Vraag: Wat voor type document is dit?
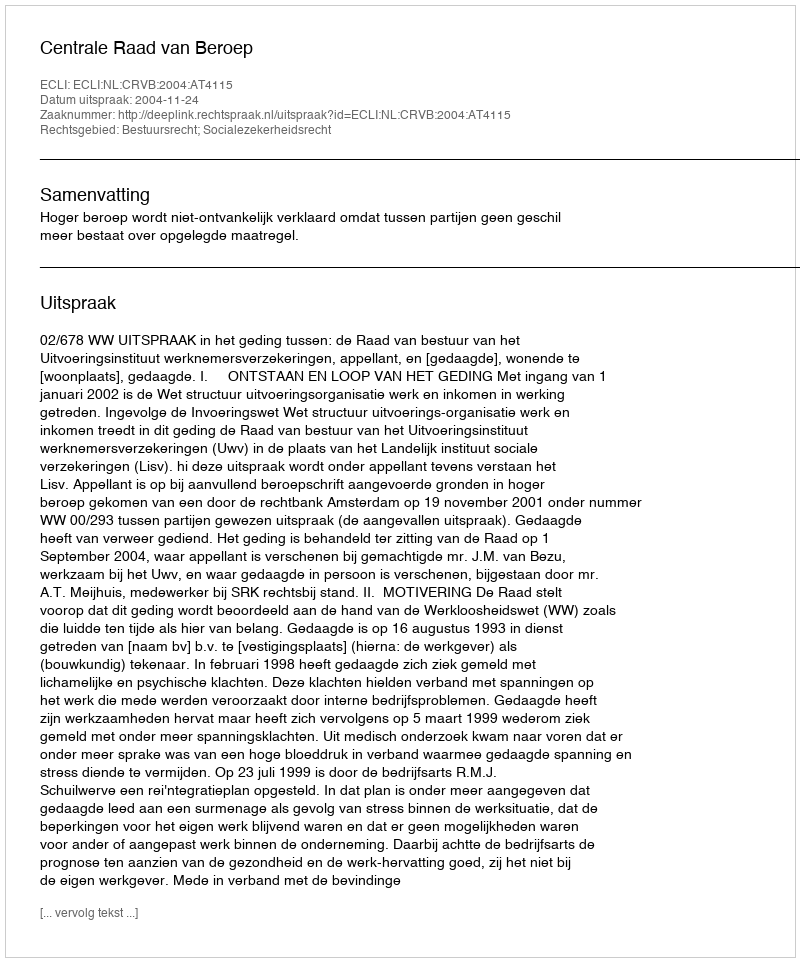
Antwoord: Uitspraak